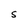
Character: S